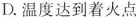
D.温度达到着火点